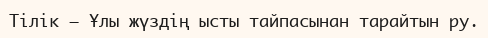
Тілік – Ұлы жүздің ысты тайпасынан тарайтын ру.